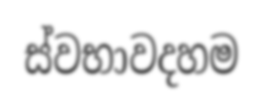
ස්වභාවදහම